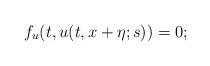
LaTeX: \begin{align*}f_{u}(t,u(t,x+\eta;s))=0;\end{align*}